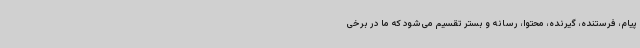
پیام، فرستنده، گیرنده، محتوا، رسانه و بستر تقسیم می‌شود که ما در برخی